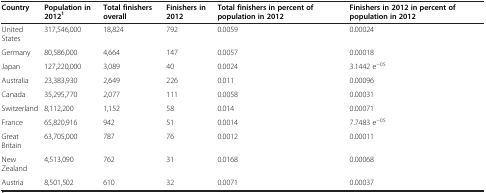
<table><thead><tr><td><b>Country</b></td><td><b>Population in 2012<sup>1</sup></b></td><td><b>Total finishers overall</b></td><td><b>Finishers in 2012</b></td><td><b>Total finishers in percent of population in 2012</b></td><td><b>Finishers in 2012 in percent of population in 2012</b></td></tr></thead><tbody><tr><td>United States</td><td>317,546,000</td><td>18,824</td><td>792</td><td>0.0059</td><td>0.00024</td></tr><tr><td>Germany</td><td>80,586,000</td><td>4,664</td><td>147</td><td>0.0057</td><td>0.00018</td></tr><tr><td>Japan</td><td>127,220,000</td><td>3,089</td><td>40</td><td>0.0024</td><td>3.1442 e<sup>−05</sup></td></tr><tr><td>Australia</td><td>23,383,930</td><td>2,649</td><td>226</td><td>0.011</td><td>0.00096</td></tr><tr><td>Canada</td><td>35,295,770</td><td>2,077</td><td>111</td><td>0.0058</td><td>0.00031</td></tr><tr><td>Switzerland</td><td>8,112,200</td><td>1,152</td><td>58</td><td>0.014</td><td>0.00071</td></tr><tr><td>France</td><td>65,820,916</td><td>942</td><td>51</td><td>0.0014</td><td>7.7483 e<sup>−05</sup></td></tr><tr><td>Great Britain</td><td>63,705,000</td><td>787</td><td>76</td><td>0.0012</td><td>0.00011</td></tr><tr><td>New Zealand</td><td>4,513,090</td><td>762</td><td>31</td><td>0.0168</td><td>0.00068</td></tr><tr><td>Austria</td><td>8,501,502</td><td>610</td><td>32</td><td>0.0071</td><td>0.00037</td></tr></tbody></table>